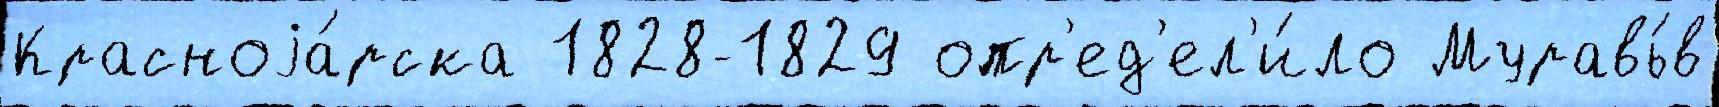
Красноjа́рска 1828-1829 опр'ед'ел'и́ло Муравь́в